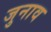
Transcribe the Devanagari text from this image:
जुनाव